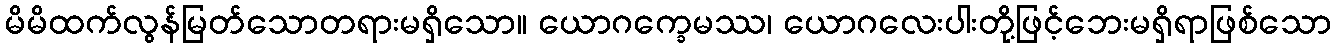
မိမိထက်လွန်မြတ်သောတရားမရှိသော။ ယောဂက္ခေမဿ၊ ယောဂလေးပါးတို့ဖြင့်ဘေးမရှိရာဖြစ်သော